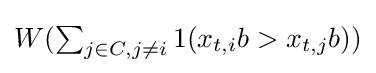
\textstyle W(\sum \nolimits _{j\in C,j\neq i}1(x_{t,i}b>x_{t,j}b))